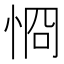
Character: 㤯